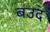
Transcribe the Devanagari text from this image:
बउद